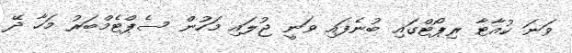
ވަނަ ކުއާޓާ ރިޕޯޓްގައި ބުނެފައި ވަނީ ޖުލައި މަހުން ސެޕްޓެމްބަރު މަހާ ދޭ